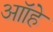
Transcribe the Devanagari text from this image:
आॉहे